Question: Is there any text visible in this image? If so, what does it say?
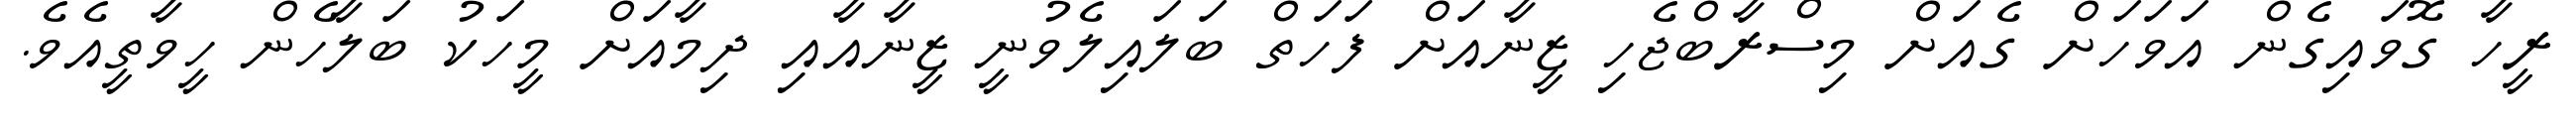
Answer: ރީހާ ގޮވައިގެން އަވަހަށް ގެއަށް މިސްރާބްޖެހި ޒީނާއަށް ފަހަތް ބަލައިލެވުނީ ޒީނާއާއި ދިމާއަށް މީހަކު ބަލާހެން ހީވާތީއެވެ.